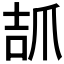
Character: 𤔎